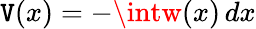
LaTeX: \mathtt{V}(x)=-\intw(x)\, dx